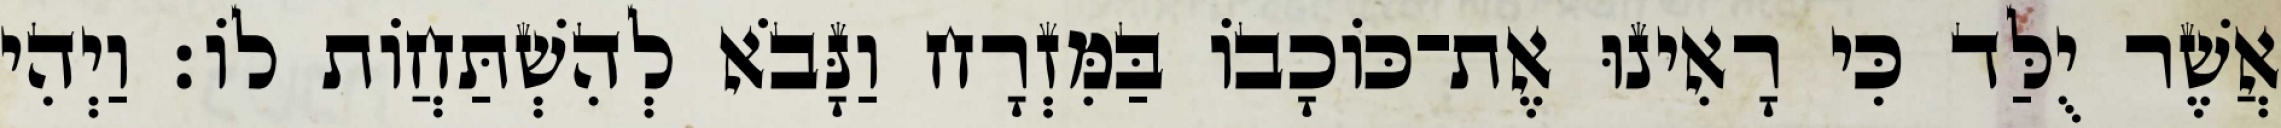
אֲשֶׁר יֻלַּד כִּי רָאִינוּ אֶת־כּוֹכָבוֹ בַּמִּזְרָח וַנָּבֹא לְהִשְׁתַּחֲוֹת לוֹ׃ וַיְהִי